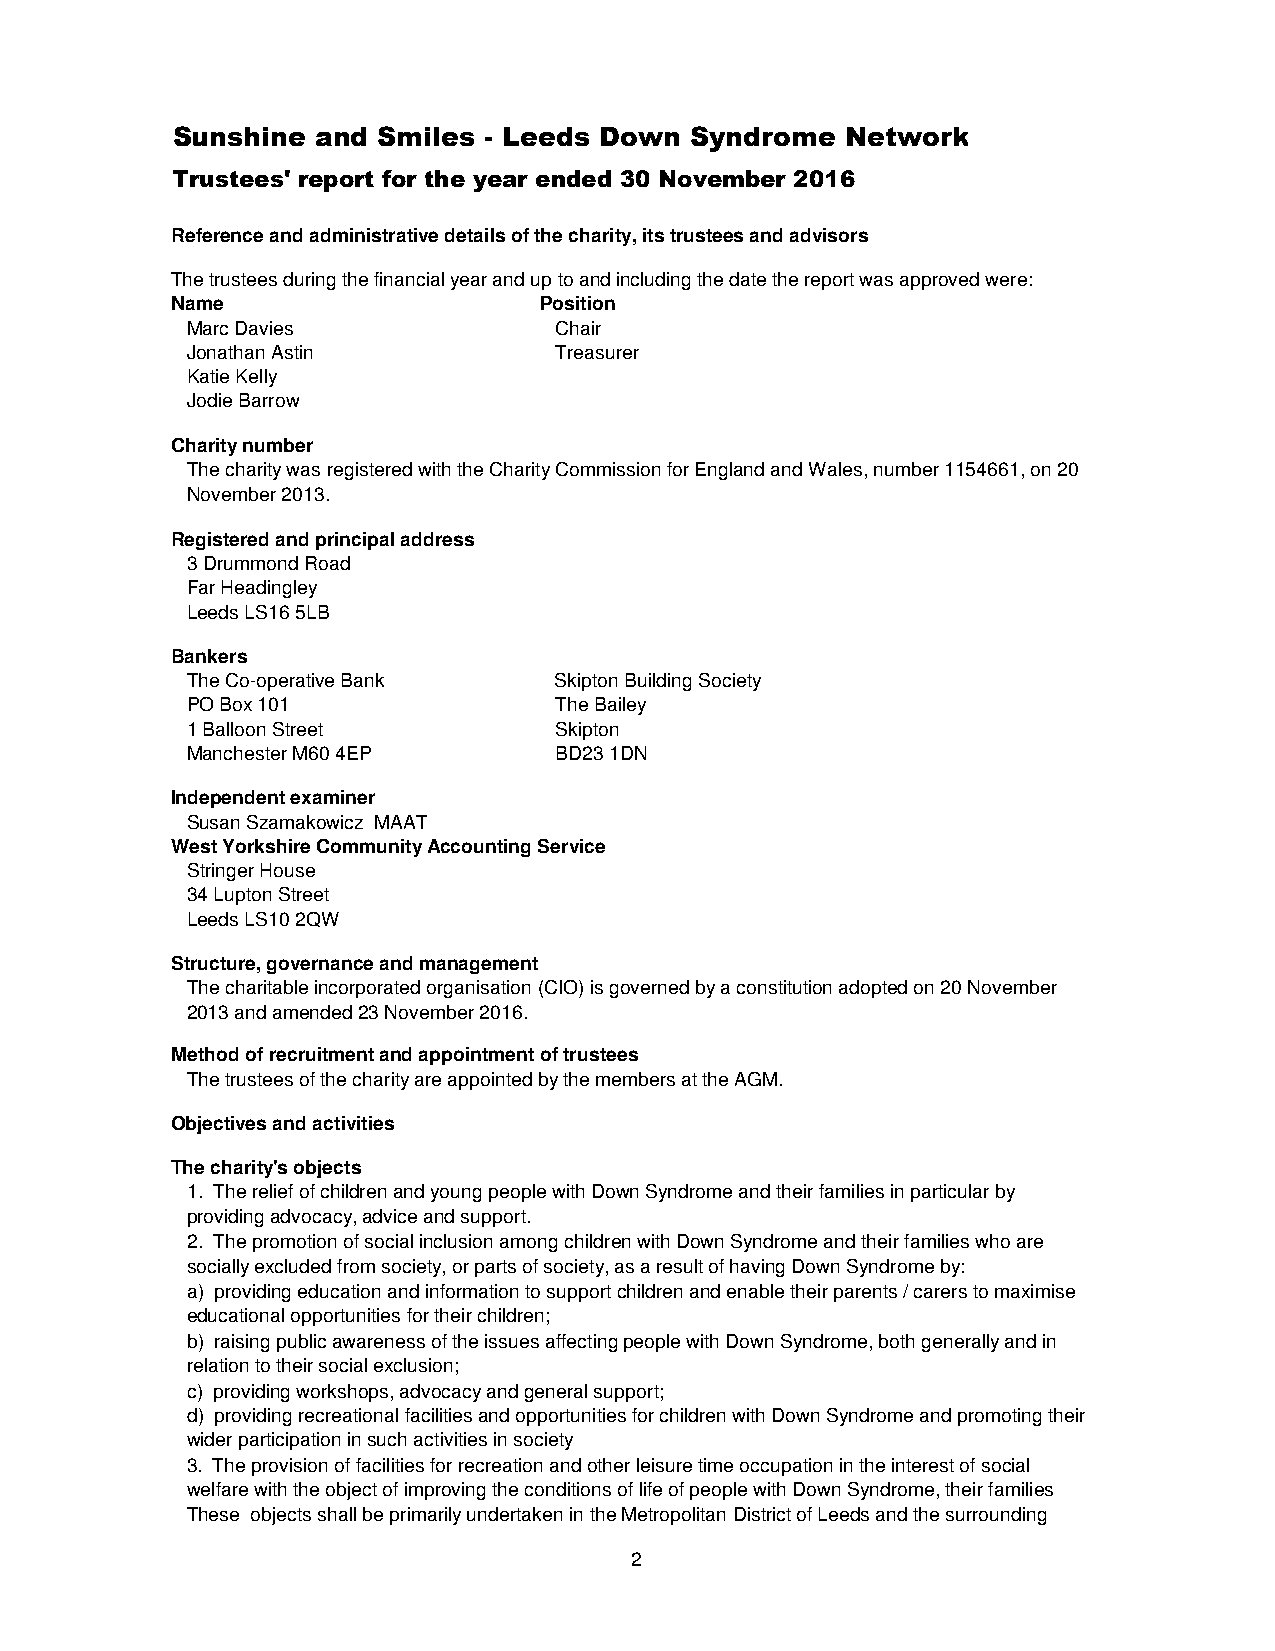
Sunshine  and Smiles - Leeds Down  Syndrome  Network
 Trustees' report for the year ended 30 November 2016
 Reference and administrative details of the charity, its trustees and advisors
 The trustees during the financial year and up to and including the date the report was approved were:
 Name                     Position
 Marc Davies              Chair
 Jonathan Astin           Treasurer
 Katie Kelly
 Jodie Barrow
 Charity number
 The charity was registered with the Charity Commission for England and Wales, number 1154661, on 20
 November 2013.
 Registered and principal address
 3 Drummond Road
 Far Headingley
 Leeds LS16 5LB
 Bankers
 The Co-operative Bank    Skipton Building Society
 PO Box 101               The Bailey
 1 Balloon Street         Skipton
 Manchester M60 4EP       BD23 1DN
 Independent examiner
 Susan Szamakowicz MAAT
 West Yorkshire Community Accounting Service
 Stringer House
 34 Lupton Street
 Leeds LS10 2QW
 Structure, governance and management
 The charitable incorporated organisation (CIO) is governed by a constitution adopted on 20 November
 2013 and amended 23 November 2016.
 Method of recruitment and appointment of trustees
 The trustees of the charity are appointed by the members at the AGM.
 Objectives and activities
 The charity's objects
 1. The relief of children and young people with Down Syndrome and their families in particular by
 providing advocacy, advice and support.
 2. The promotion of social inclusion among children with Down Syndrome and their families who are
 socially excluded from society, or parts of society, as a result of having Down Syndrome by:
 a) providing education and information to support children and enable their parents / carers to maximise
 educational opportunities for their children;
 b) raising public awareness of the issues affecting people with Down Syndrome, both generally and in
 relation to their social exclusion;
 c) providing workshops, advocacy and general support;
 d) providing recreational facilities and opportunities for children with Down Syndrome and promoting their
 wider participation in such activities in society
 3. The provision of facilities for recreation and other leisure time occupation in the interest of social
 welfare with the object of improving the conditions of life of people with Down Syndrome, their families
 These objects shall be primarily undertaken in the Metropolitan District of Leeds and the surrounding
 area.
 2